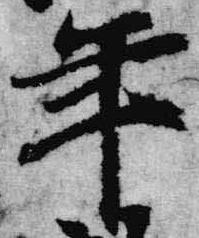
年